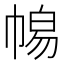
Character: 𭘫